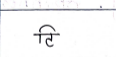
मजकूर: टि